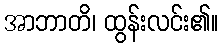
အာဘာတိ၊ ထွန်းလင်း၏။